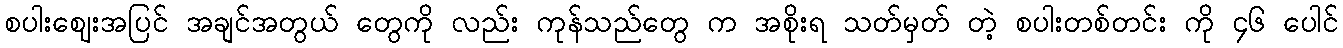
စပါးဈေးအပြင် အချင်အတွယ် တွေကို လည်း ကုန်သည်တွေ က အစိုးရ သတ်မှတ် တဲ့ စပါးတစ်တင်း ကို ၄၆ ပေါင်